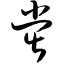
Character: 堂